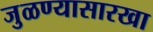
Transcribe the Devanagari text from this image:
जुळण्यासारखा